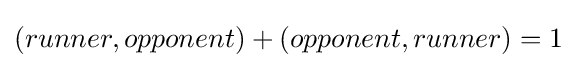
(runner,opponent)+(opponent,runner)=1